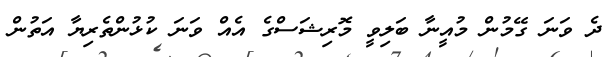
ދެ ވަނަ ގޭމުން މުއީނާ ބަލިވީ މޮރިޝަސްގެ އެއް ވަނަ ކުޅުންތެރިޔާ އަތުން